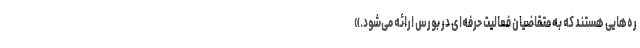
ره‌هایی هستند که به متقاضیان فعالیت حرفه‌ای در بورس ارائه می‌شود.»